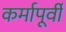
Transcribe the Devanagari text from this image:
कर्मापूर्वी